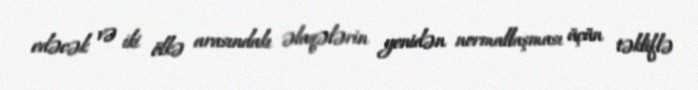
edəcək və iki ölkə arasındakı əlaqələrin yenidən normallaşması üçün təkliflə